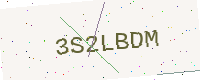
Text: 3S2LBDM